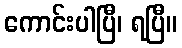
ကောင်းပါပြီ၊ ရပြီ။